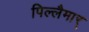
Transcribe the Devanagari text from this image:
पिल्लैमार्